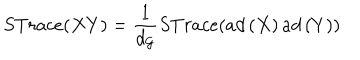
LaTeX: S T r a c e ( X Y ) = \frac { 1 } { d _ { \mathcal { G } } } S T r a c e ( a d \left( X \right) a d \left( Y \right) )